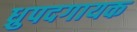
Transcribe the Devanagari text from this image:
ध्रुपदगायक